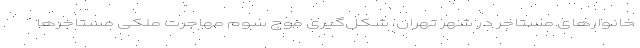
خانوارهای مستاجر در شهر تهران، شکل‌‌گیری موج سوم مهاجرت ملکی مستاجرها